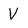
Character: V